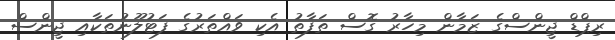
ރިޕްޑް ޖީންސްގެ ޒަމާން މިހާރު ގޮސް ތަފާތު އެކި ވައްތަރުގެ ފަޓުލޫނުތަކާއި ޖީންސް